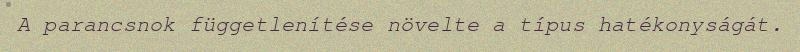
A parancsnok függetlenítése növelte a típus hatékonyságát.